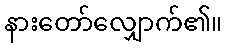
နားတော်လျှောက်၏။